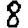
Digit: 8